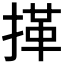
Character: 𢯹